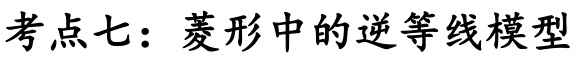
考点七：菱形中的逆等线模型